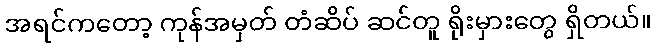
အရင်ကတော့ ကုန်အမှတ် တံဆိပ် ဆင်တူ ရိုးမှားတွေ ရှိတယ်။